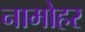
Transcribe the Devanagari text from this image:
नामोहर